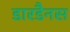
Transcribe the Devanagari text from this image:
डारडैनस